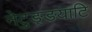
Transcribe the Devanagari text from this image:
नेटुङ्ङयाटि